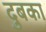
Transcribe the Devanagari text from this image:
दुबका